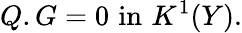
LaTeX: Q.G=0\, \, \mathrm{in}\, \, K^{1}(Y).